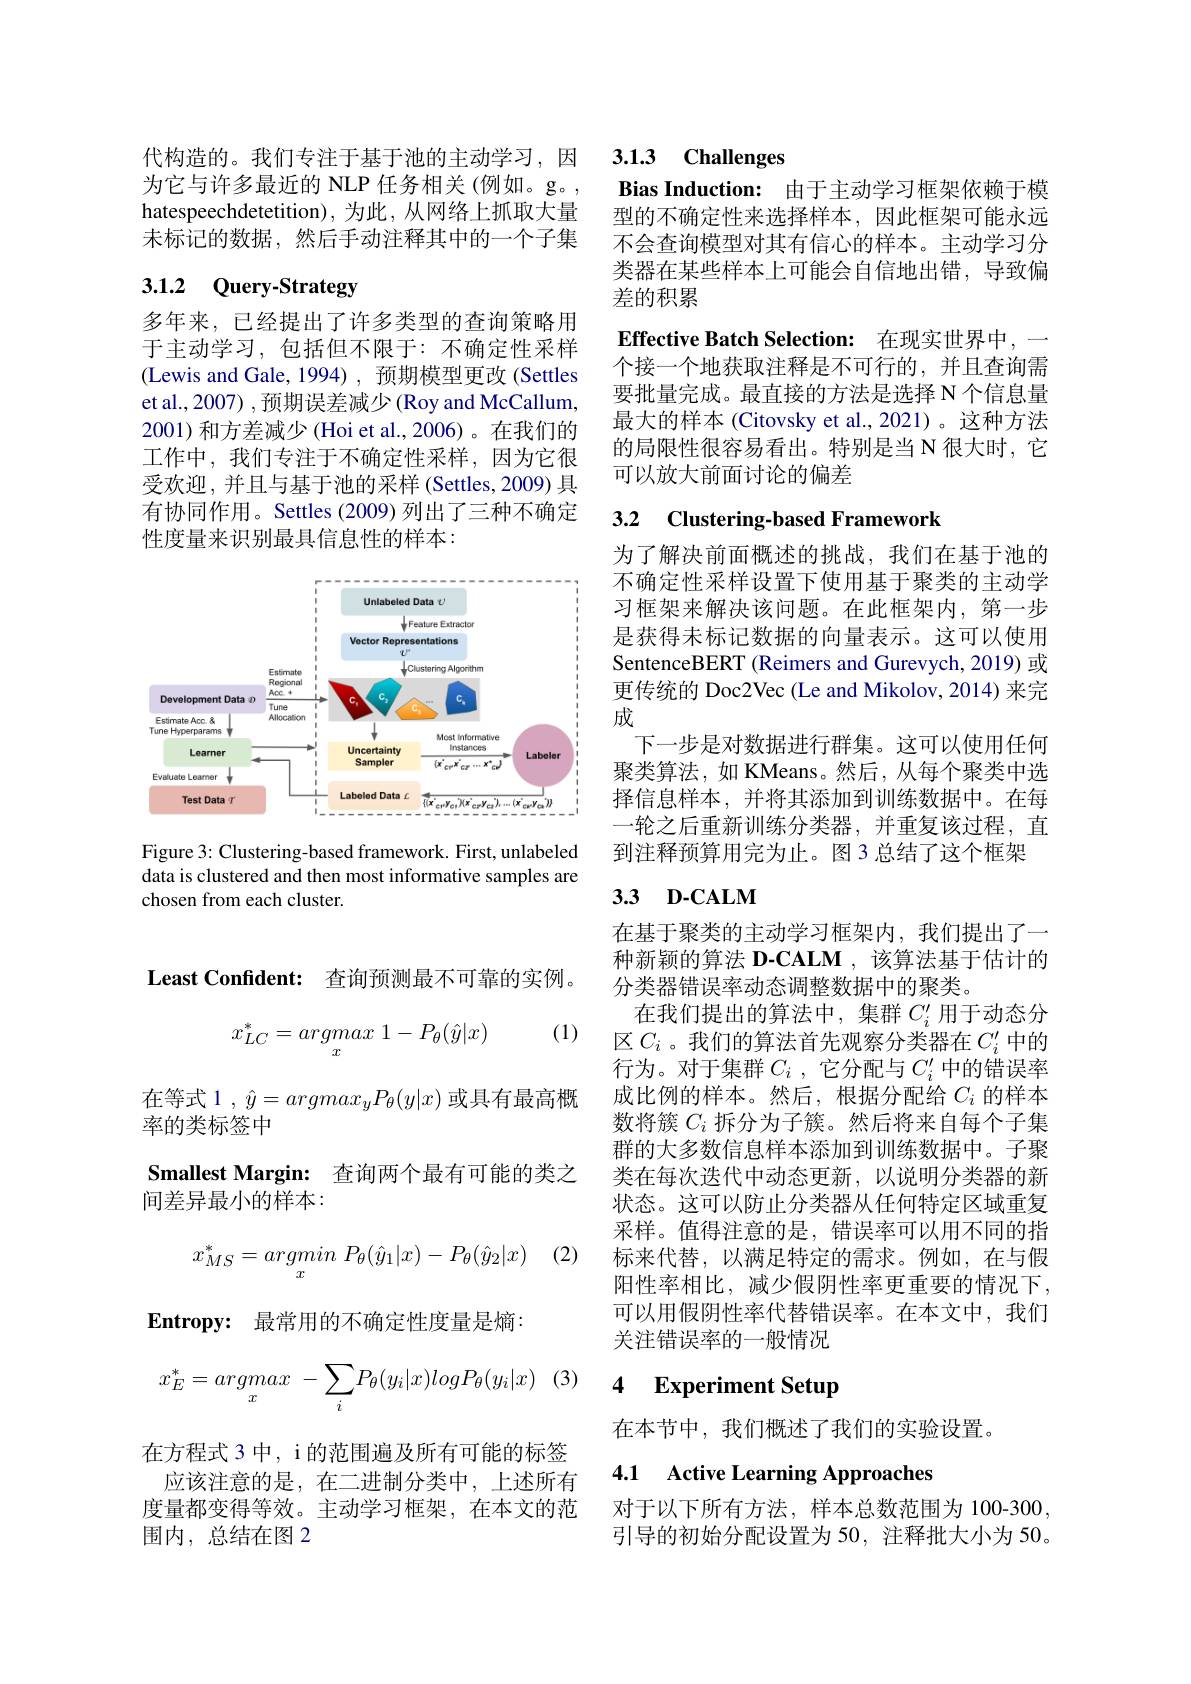
代构造的。我们专注于基于池的主动学习，因为它与许多最近的 NLP 任务相关(例如。g。, hatespeechdetetition), 为此，从网络上抓取大量未标记的数据，然后手动注释其中的一个子集

# 3.1.2 Query-Strategy

多年来，已经提出了许多类型的查询策略用于主动学习，包括但不限于：不确定性采样(Lewis and Gale, 1994) , 预期模型更改 (Settles et al., 2007) , 预期误差减少 (Roy and McCallum, 2001)和方差减少 (Hoi et al., 2006)。在我们的工作中，我们专注于不确定性采样，因为它很受欢迎，并且与基于池的采样 (Settles,2009) 具有协同作用。Settles (2009) 列出了三种不确定性度量来识别最具信息性的样本：

<FigureHere>

Figure 3: Clustering-based framework. First, unlabeled data is clustered and then most informative samples are chosen from each cluster.

3.1.3 Challenges

Bias Induction: 由于主动学习框架依赖于模

型的不确定性来选择样本，因此框架可能永远不会查询模型对其有信心的样本。主动学习分类器在某些样本上可能会自信地出错，导致偏差的积累

Effective Batch Selection: 在现实世界中，一个接一个地获取注释是不可行的，并且查询需要批量完成。最直接的方法是选择 N 个信息量最大的样本 (Citovsky et al.,2021)。这种方法的局限性很容易看出。特别是当 N 很大时，它可以放大前面讨论的偏差

## 3.2 Clustering-based Framework

为了解决前面概述的挑战，我们在基于池的不确定性采样设置下使用基于聚类的主动学习框架来解决该问题。在此框架内，第一步是获得未标记数据的向量表示。这可以使用SentenceBERT (Reimers and Gurevych, 2019) 或更传统的 Doc2Vec (Le and Mikolov, 2014) 来完成
下一步是对数据进行群集。这可以使用任何聚类算法，如 KMeans。然后，从每个聚类中选择信息样本，并将其添加到训练数据中。在每一轮之后重新训练分类器，并重复该过程，直到注释预算用完为止。图3 总结了这个框架

## 3.3 D-CALM

在基于聚类的主动学习框架内，我们提出了一种新颖的算法 D-CALM ,该算法基于估计的分类器错误率动态调整数据中的聚类。
在我们提出的算法中，集群$C_i^{\prime}$用于动态分区$C_i$ 。我们的算法首先观察分类器在$C_i^\prime$中的行为。对于集群$C_i$ ,它分配与$C_i^\prime$中的错误率成比例的样本。然后，根据分配给$C_i$的样本数将簇$C_i$拆分为子簇。然后将来自每个子集群的大多数信息样本添加到训练数据中。子聚类在每次迭代中动态更新，以说明分类器的新状态。这可以防止分类器从任何特定区域重复采样。值得注意的是，错误率可以用不同的指标来代替，以满足特定的需求。例如，在与假阳性率相比，减少假阴性率更重要的情况下， 可以用假阴性率代替错误率。在本文中，我们关注错误率的一般情况

# 4 Experiment Setup

在本节中，我们概述了我们的实验设置。

# 4.1 Active Learning Approaches

对于以下所有方法，样本总数范围为 100-300引导的初始分配设置为 50, 注释批大小为 50

$\textbf{Least Confident: }$ 查询预测最不可靠的实例。

(1)
$$x_{LC}^*=argmax\:1-P_\theta(\hat{y}|x)$$
在等式 1 $,\hat{y}=argmax_yP_\theta(y|x)$或具有最高概
率的类标签中
Smallest Margin: 查询两个最有可能的类之
间差异最小的样本：

(2)
$$x_{MS}^*=argminP_\theta(\hat{y}_1|x)-P_\theta(\hat{y}_2|x)$$
$\textbf{Entropy: 最 常 用 的 不 确 定 性 度 量 是 熵 : }$
$$x_E^*=argmax\:-\sum_iP_\theta(y_i|x)logP_\theta(y_i|x)$$
在方程式 3 中，i 的范围遍及所有可能的标签
应该注意的是，在二进制分类中，上述所有度量都变得等效。主动学习框架，在本文的范围内，总结在图 2